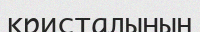
кристалының